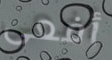
أفعى